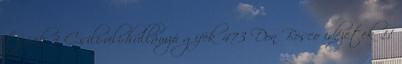
tippek 3 Csili-vili-hullámzó gifek 473 Don Bosco idézetek 11